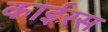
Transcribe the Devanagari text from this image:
काईरस